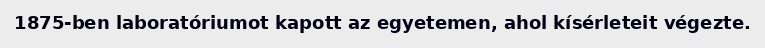
1875-ben laboratóriumot kapott az egyetemen, ahol kísérleteit végezte.